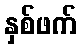
နှစ်ဖက်